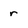
Character: r